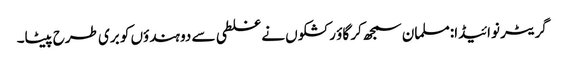
گریٹر نوائیڈا:مسلمان سمجھ کر گاؤ رکشکوں نے غلطی سے دو ہندؤں کو بری طرح پیٹا۔